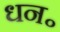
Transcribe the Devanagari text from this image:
धन॰